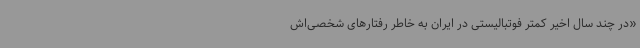
«در چند سال اخیر کمتر فوتبالیستی در ایران به خاطر رفتارهای شخصی‌اش